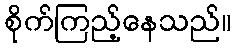
စိုက်ကြည့်နေသည်။